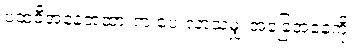
ပထဝီအနေအထားက ပေးလာသမျှ အခြေအနေကို